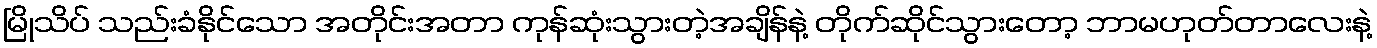
မြိုသိပ် သည်းခံနိုင်သော အတိုင်းအတာ ကုန်ဆုံးသွားတဲ့အချိန်နဲ့ တိုက်ဆိုင်သွားတော့ ဘာမဟုတ်တာလေးနဲ့